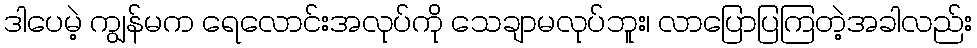
ဒါပေမဲ့ ကျွန်မက ရေလောင်းအလုပ်ကို သေချာမလုပ်ဘူး၊ လာပြောပြကြတဲ့အခါလည်း